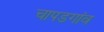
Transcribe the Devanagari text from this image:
चापडगांव